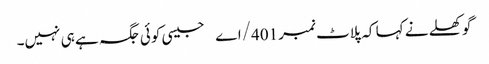
گوکھلے نے کہا کہ پلاٹ نمبر 401/اے جیسی کوئی جگہ ہے ہی نہیں۔